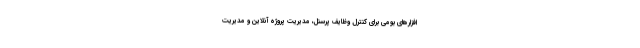
افزارهای بومی برای کنترل وظایف پرسنل، مدیریت پروژه آنلاین و مدیریت